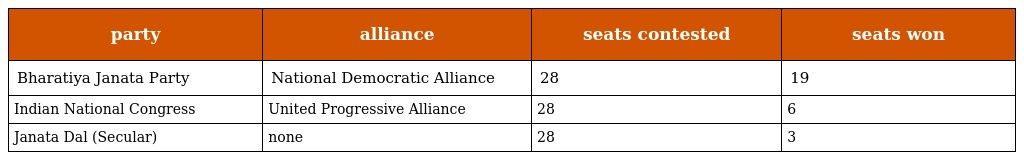
| party | alliance | seats contested | seats won |
 | --- | --- | --- | --- |
 | Bharatiya Janata Party | National Democratic Alliance | 28 | 19 |
 | Indian National Congress | United Progressive Alliance | 28 | 6 |
 | Janata Dal (Secular) | none | 28 | 3 |